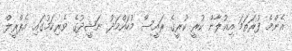
އެންމެ ފުރަތަމަ އިއުލާން ކުރީ ކުރީގެ ރައީސް މުހައްމަދު ނަޝީދުގެ ވެރިކަމުގައި އެޕްރީލް